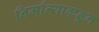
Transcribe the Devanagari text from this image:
निर्मात्याकडून